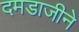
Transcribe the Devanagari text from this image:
दमडाजीने